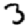
Digit: 3